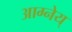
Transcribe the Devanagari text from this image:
आग्नेय्